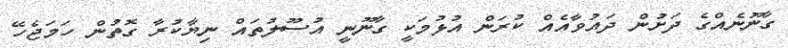
ގާނޫނެއްގެ ދަށުން ދައުވާއެއް ކުރަން އުޅުމަކީ ގާނޫނީ އުސޫލުތައް ނިޔާކުރާ ގޮތުން ހަމަޖެހޭ